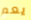
يعم